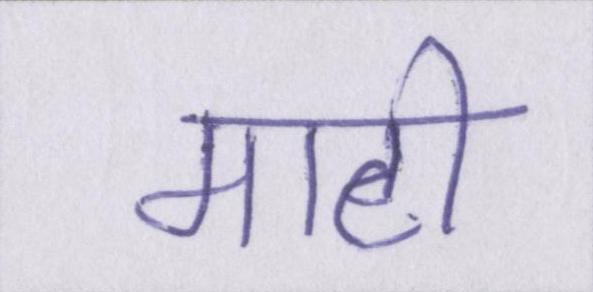
माटी